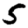
Digit: 5